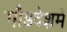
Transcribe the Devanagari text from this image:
गौडदेशमे